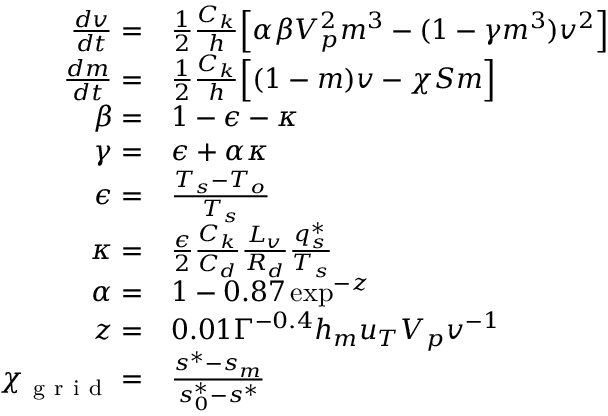
\begin{array} { r l } { \frac { d v } { d t } = } & { { } \frac { 1 } { 2 } \frac { C _ { k } } { h } \Big [ \alpha \beta V _ { p } ^ { 2 } m ^ { 3 } - ( 1 - \gamma m ^ { 3 } ) v ^ { 2 } \Big ] } \\ { \frac { d m } { d t } = } & { { } \frac { 1 } { 2 } \frac { C _ { k } } { h } \Big [ ( 1 - m ) v - \chi S m \Big ] } \\ { \beta = } & { { } 1 - \epsilon - \kappa } \\ { \gamma = } & { { } \epsilon + \alpha \kappa } \\ { \epsilon = } & { { } \frac { T _ { s } - T _ { o } } { T _ { s } } } \\ { \kappa = } & { { } \frac { \epsilon } { 2 } \frac { C _ { k } } { C _ { d } } \frac { L _ { v } } { R _ { d } } \frac { q _ { s } ^ { * } } { T _ { s } } } \\ { \alpha = } & { { } 1 - 0 . 8 7 \exp ^ { - z } } \\ { z = } & { { } 0 . 0 1 \Gamma ^ { - 0 . 4 } h _ { m } u _ { T } V _ { p } v ^ { - 1 } } \\ { \chi _ { \mathrm { ~ g ~ r ~ i ~ d ~ } } = } & { { } \frac { s ^ { * } - s _ { m } } { s _ { 0 } ^ { * } - s ^ { * } } } \end{array}